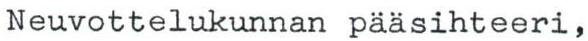
Neuvottelukunnan pääsihteeri,